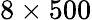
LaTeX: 8\times 500